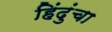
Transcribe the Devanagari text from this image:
हिंदुंचा